Problem: 6 × 4 = ?
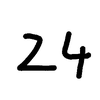
Handwritten answer: 24